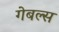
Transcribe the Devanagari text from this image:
गेबल्स